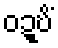
ဝဍ္ဎိံ